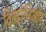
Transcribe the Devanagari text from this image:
विल्होनिओर